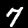
Label: 7